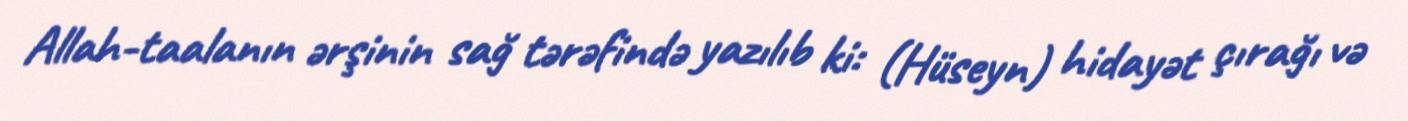
Allah-taalanın ərşinin sağ tərəfində yazılıb ki: (Hüseyn) hidayət çırağı və